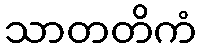
သာတတိကံ